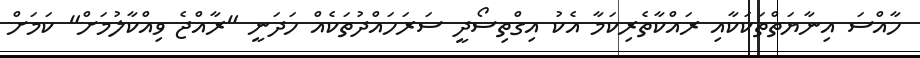
ހާއްސަ އިނާޔަތްތަކަކާއި ރައްކާތެރިކަމާ އެކު އިގްތިސޯދީ ސަރަހައްދުތަކެއް ހަދަނީ "ރާއްޖެ ވިއްކާލުމަށް" ކަމަށް